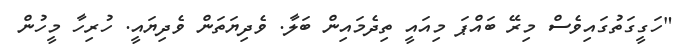
"ހަގީގަތުގައިވެސް މިރޭ ބައްޕަ މިއައީ ތިދެމައިން ބަލާ. ވެދިޔަތަން ވެދިޔައީ. ހުރިހާ މީހުން